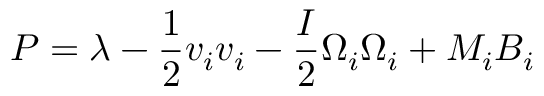
P = \lambda - \frac { 1 } { 2 } v _ { i } v _ { i } - \frac { I } { 2 } \Omega _ { i } \Omega _ { i } + M _ { i } B _ { i }